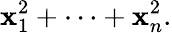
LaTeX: \mathbf{x}_{1}^{2}+\cdots+\mathbf{x}_{n}^{2}.